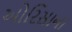
ઓરિસાના